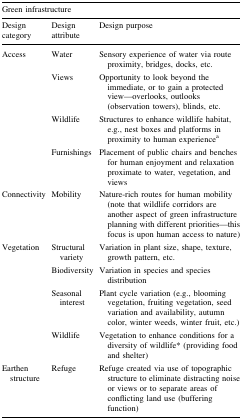
<table><thead><tr><td colspan="3"><b>Green infrastructure</b></td></tr><tr><td><b>Design category</b></td><td><b>Design attribute</b></td><td><b>Design purpose</b></td></tr></thead><tbody><tr><td>Access</td><td>Water</td><td>Sensory experience of water via route proximity, bridges, docks, etc.</td></tr><tr><td></td><td>Views</td><td>Opportunity to look beyond the immediate, or to gain a protected view—overlooks, outlooks (observation towers), blinds, etc.</td></tr><tr><td></td><td>Wildlife</td><td>Structures to enhance wildlife habitat, e.g., nest boxes and platforms in proximity to human experience<sup>a</sup></td></tr><tr><td></td><td>Furnishings</td><td>Placement of public chairs and benches for human enjoyment and relaxation proximate to water, vegetation, and views</td></tr><tr><td>Connectivity</td><td>Mobility</td><td>Nature-rich routes for human mobility (note that wildlife corridors are another aspect of green infrastructure planning with different priorities—this focus is upon human access to nature)</td></tr><tr><td>Vegetation</td><td>Structural variety</td><td>Variation in plant size, shape, texture, growth pattern, etc.</td></tr><tr><td></td><td>Biodiversity</td><td>Variation in species and species distribution</td></tr><tr><td></td><td>Seasonal interest</td><td>Plant cycle variation (e.g., blooming vegetation, fruiting vegetation, seed variation and availability, autumn color, winter weeds, winter fruit, etc.)</td></tr><tr><td></td><td>Wildlife</td><td>Vegetation to enhance conditions for a diversity of wildlife* (providing food and shelter)</td></tr><tr><td>Earthen structure</td><td>Refuge</td><td>Refuge created via use of topographic structure to eliminate distracting noise or views or to separate areas of conflicting land use (buffering function)</td></tr></tbody></table>